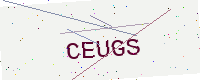
Text: CEUGS